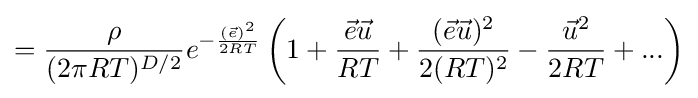
={\frac {\rho }{(2\pi RT)^{D/2}}}e^{-{\frac {({\vec {e}})^{2}}{2RT}}}\left(1+{\frac {{\vec {e}}{\vec {u}}}{RT}}+{\frac {({\vec {e}}{\vec {u}})^{2}}{2(RT)^{2}}}-{\frac {{\vec {u}}^{2}}{2RT}}+...\right)